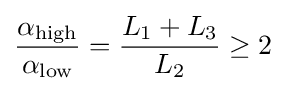
{\alpha _{\text{high}} \over \alpha _{\text{low}}}={L_{\text{1}}+L_{\text{3}} \over L_{\text{2}}}\geq 2